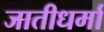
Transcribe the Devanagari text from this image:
जातीधर्मा